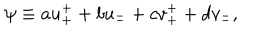
LaTeX: \psi \equiv a u _ { + } ^ { + } + b u _ { - } ^ { - } + c v _ { + } ^ { + } + d v _ { - } ^ { - } ,